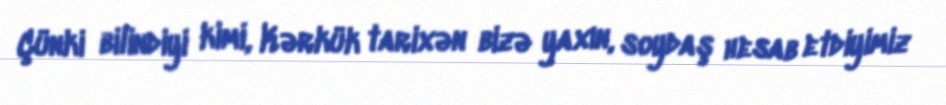
Çünki bilindiyi kimi, Kərkük tarixən bizə yaxın, soydaş hesab etdiyimiz